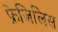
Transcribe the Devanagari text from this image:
फ्रेजिलिस